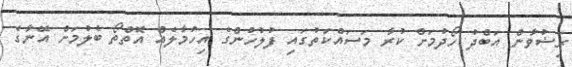
ރިޟުވާން އަބްދު ހޯދުމަށް ކުރާ މަސައްކަތުގައި ފުލުހުންގެ އިހުމާލެއް އޮތްތޯ ބެލުމަށް އޭނާގެ